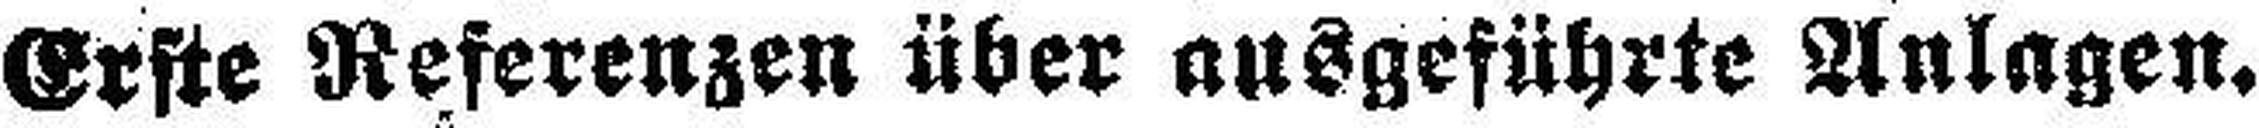
Erste Referenzen über ausgeführte Anlagen.